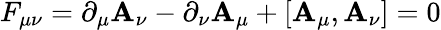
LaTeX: F_{\mu\nu}=\partial_{\mu}\mathbf{A}_{\nu}-\partial_{\nu}\mathbf{A}_{\mu}+[\mathbf{A}_{\mu},\mathbf{A}_{\nu}]=0